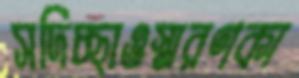
সদিচ্ছাওস্মরণকা